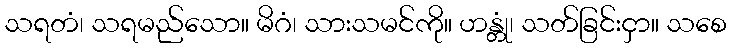
သရတံ၊ သရမည်သော။ မိဂံ၊ သားသမင်ကို။ ဟန္တုံ၊ သတ်ခြင်းငှာ။ သစေ